Document type: Grant
Year: 1403
Scribe: Berenguer Pedrosell
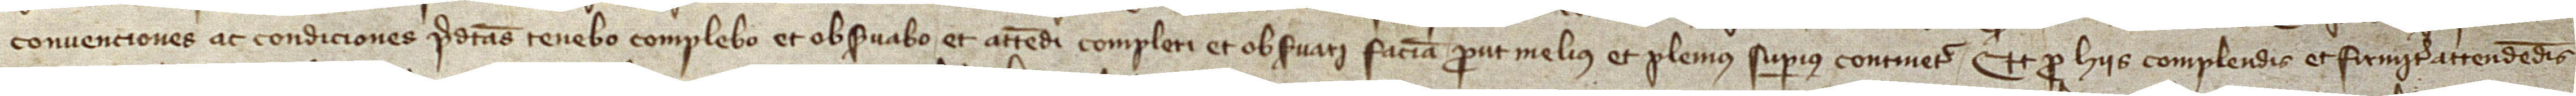
convenciones ac condiciones predictas tenebo, complebo et observabo, et attendi, compleri et observari faciam, prout melius et plenius superius continetur. Et pro hiis  complendis et firmiter attendendis,